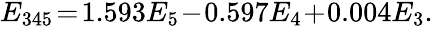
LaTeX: \begin{array}{r}{E_{345}\! =\! 1.593E_{5}\! -\! 0.597E_{4}\! +\! 0.004E_{3}.}\end{array}